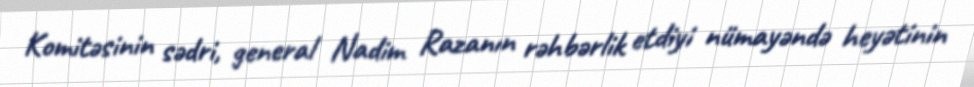
Komitəsinin sədri, general Nadim Razanın rəhbərlik etdiyi nümayəndə heyətinin